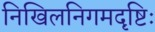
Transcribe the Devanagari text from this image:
निखिलनिगमदृष्टिः